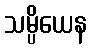
သမ္ပိယေန